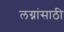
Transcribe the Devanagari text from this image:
लग्नांसाठी